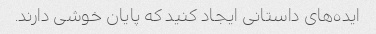
ایده‌های داستانی ایجاد کنید که پایان خوشی دارند.